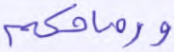
ورماحكم